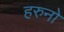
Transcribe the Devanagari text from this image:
हरुनो